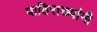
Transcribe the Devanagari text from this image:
पाठिराख्यांनी